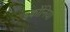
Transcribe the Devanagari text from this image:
इर्कोनिया